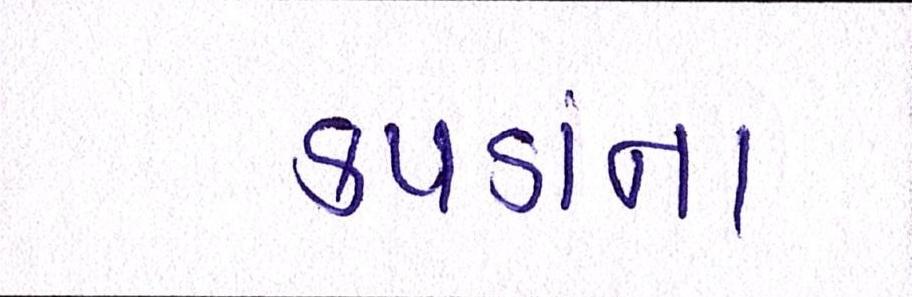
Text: કપડાંના